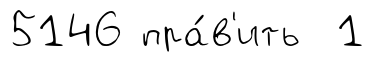
5146 пра́в'ить 1